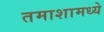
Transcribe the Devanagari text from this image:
तमाशामध्ये